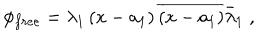
\phi _ { f r e e } = \lambda _ { 1 } \left( x - a _ { 1 } \right) \overline { { { \left( x - a _ { 1 } \right) } } } \bar { \lambda } _ { 1 } \; ,